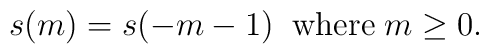
s(m)=s(-m-1) \;\; \mbox{where}\;m \geq 0.